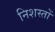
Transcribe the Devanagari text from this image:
निशस्तों